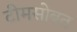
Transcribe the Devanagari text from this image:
टीमसोबत